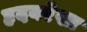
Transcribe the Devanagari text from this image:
हृदयरेखा